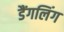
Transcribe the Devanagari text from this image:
डैंगलिंग